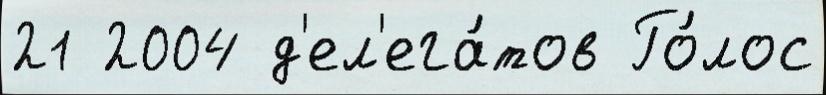
21 2004 д'ел'ега́тов Го́лос